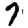
Digit: 7